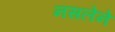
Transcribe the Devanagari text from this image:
नसलेने